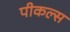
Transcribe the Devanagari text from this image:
पीकल्स